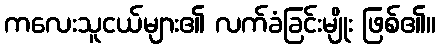
ကလေးသူငယ်များ၏ လက်ခံခြင်းမျိုး ဖြစ်၏။